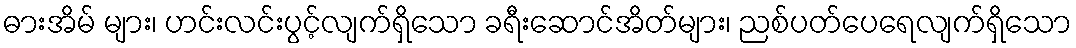
ဓားအိမ် များ၊ ဟင်းလင်းပွင့်လျက်ရှိသော ခရီးဆောင်အိတ်များ၊ ညစ်ပတ်ပေရေလျက်ရှိသော